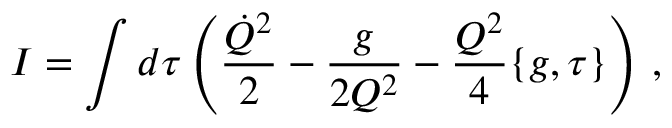
I = \int d \tau \left( \frac { \dot { Q } ^ { 2 } } { 2 } - \frac { g } { 2 Q ^ { 2 } } - \frac { Q ^ { 2 } } { 4 } \{ g , \tau \} \right) \, ,